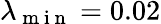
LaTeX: \lambda_{\mathrm{~m~i~n~}}=0.02